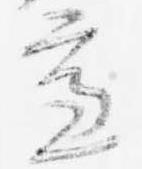
慮